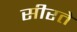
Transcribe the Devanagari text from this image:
सीरते